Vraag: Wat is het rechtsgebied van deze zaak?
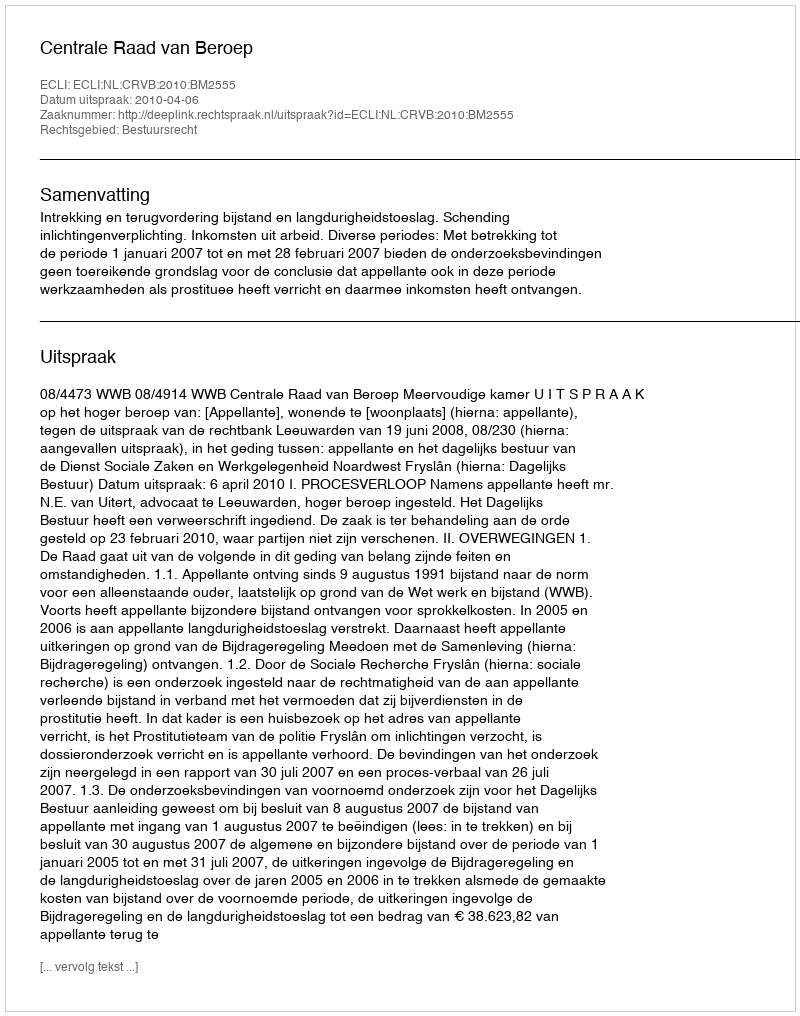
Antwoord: Bestuursrecht